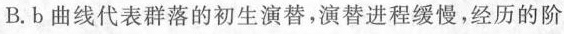
B.b曲线代表群落的初生演替，演替进程缓慢,经历的阶